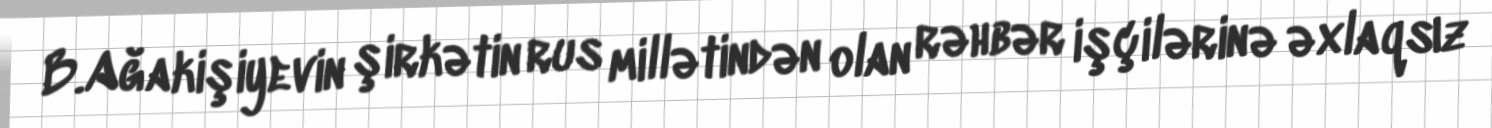
B.Ağakişiyevin şirkətin rus millətindən olan rəhbər işçilərinə əxlaqsız